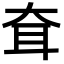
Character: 耷